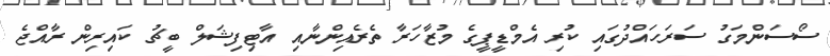
ސޯސަންމަގު ސަރަހައްދުގައި ކުރި އެމްޑީޕީގެ މުޒާހަރާ ތެރެއިންނާއި އާޓިފިޝަލް ބީޗު ކައިރިން ރާއްޖެ